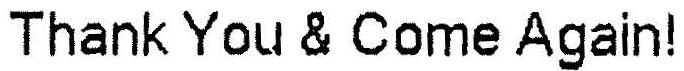
THANK YOU & COME AGAIN!